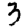
Digit: 3